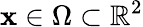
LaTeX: \mathbf{x}\in\Omega\subset\mathbb{R}^{2}